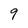
Character: 9